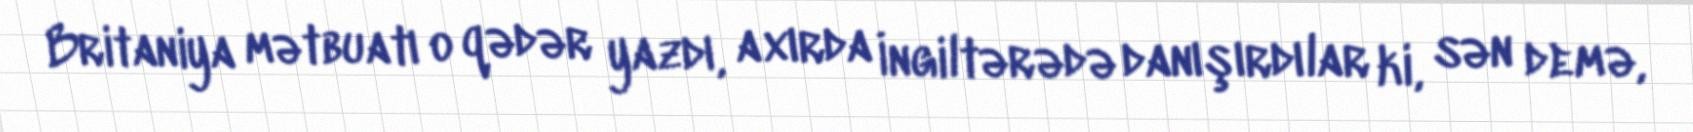
Britaniya mətbuatı o qədər yazdı, axırda İngiltərədə danışırdılar ki, sən demə,